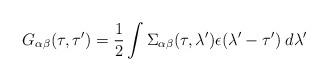
LaTeX: \begin{align*} G_{\alpha\beta}(\tau,\tau^{\prime}) =\frac{1}{2}\int \Sigma_{\alpha\beta}(\tau,\lambda^{\prime}) \epsilon(\lambda^{\prime}- \tau^{\prime})\;d\lambda^{\prime}\end{align*}